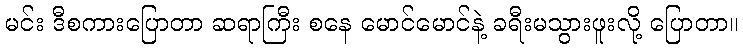
မင်း ဒီစကားပြောတာ ဆရာကြီး စနေ မောင်မောင်နဲ့ ခရီးမသွားဖူးလို့ ပြောတာ။